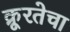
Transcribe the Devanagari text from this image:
क्रूरतेचा